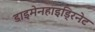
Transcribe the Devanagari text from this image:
डाइमेनहाइड्रिनेट